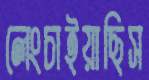
লেংচাইয়াছিস